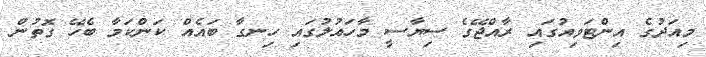
މިއަދުގެ އިންޓަވިއުގައި ރާއްޖޭގެ ސިޔާސީ މާހައުލުގައި ހިނގާ ބައެއް ކަންކަމާ ބެހޭ ގޮތުން